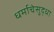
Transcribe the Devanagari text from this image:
धर्माचेसुद्धा